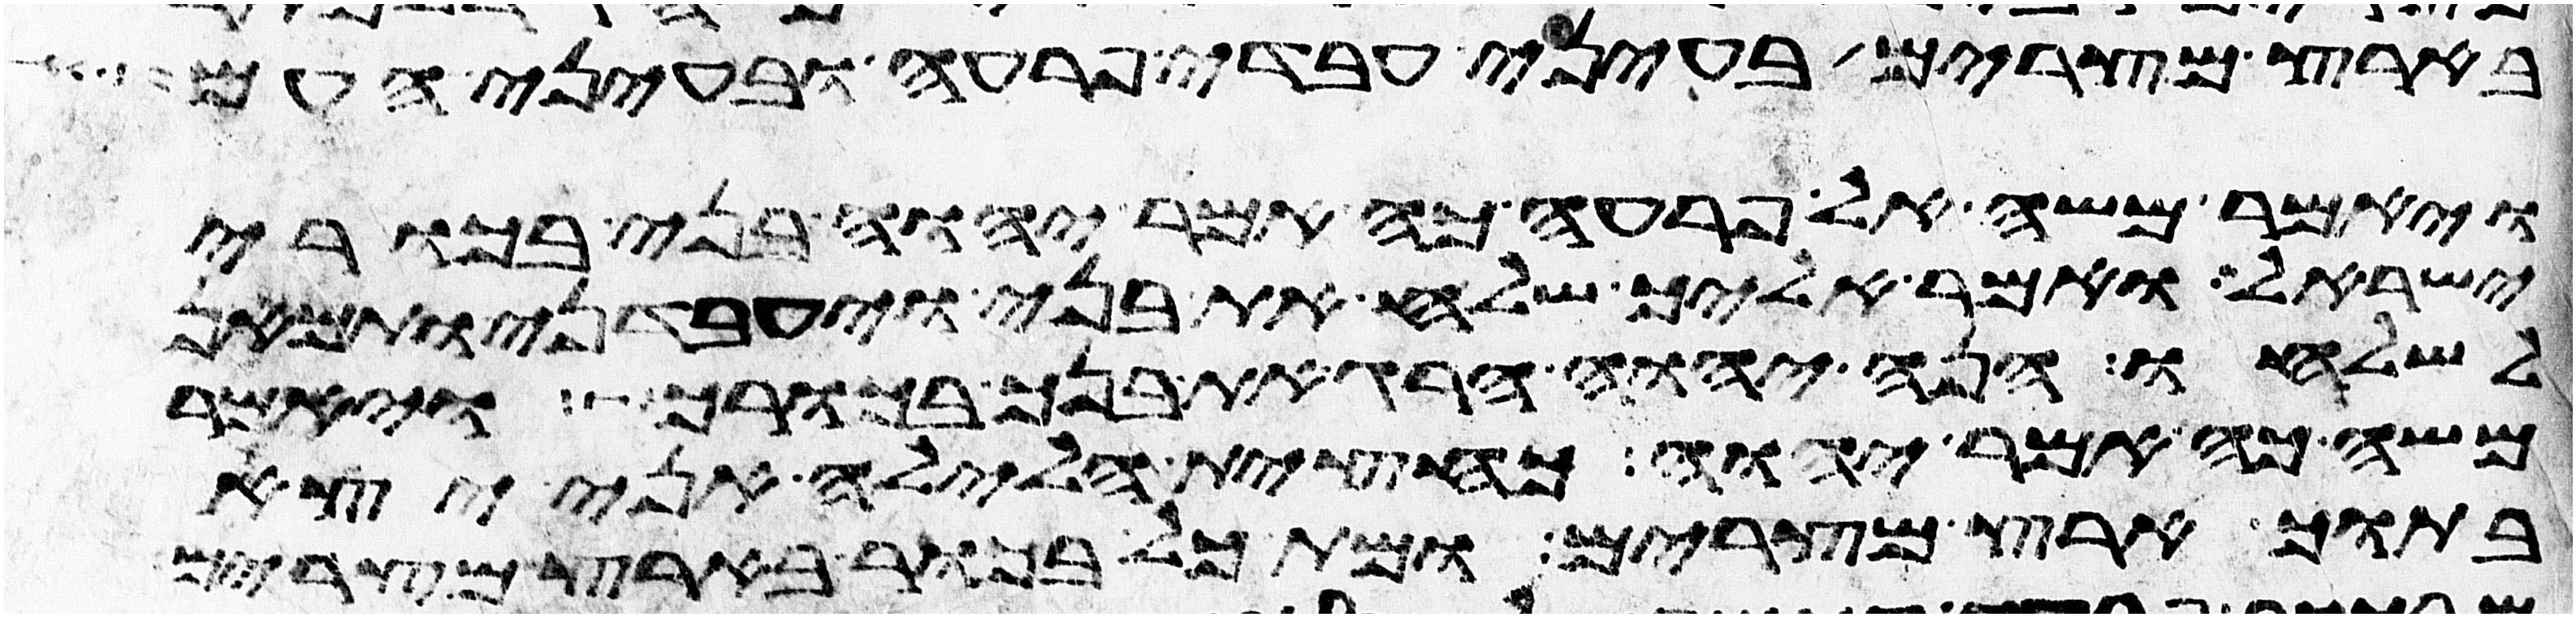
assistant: בארץ מצרים בעיני עבדי פרעה ובעיני העם
ויאמר משה אל פרעה כה אמר יהוה בני בכורי
ישראל ואמר אליך שלח את בני ויעבדני ותמאן
לשלחו הנה יהוה הרג את בנך בכורך ויאמר
משה כה אמר יהוה כחצית הלילה אני יצא
בתוך ארץ מצרים ומת כל בכור בארץ מצרים